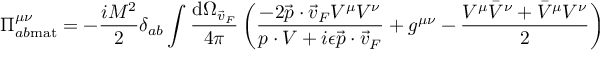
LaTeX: \Pi _ { a b \mathrm { m a t } } ^ { \mu \nu } = - { \frac { i M ^ { 2 } } { 2 } } \delta _ { a b } \int { \frac { \mathrm { d } \Omega _ { \vec { v } _ { F } } } { 4 \pi } } \left( { \frac { - 2 \vec { p } \cdot \vec { v } _ { F } V ^ { \mu } V ^ { \nu } } { p \cdot V + i \epsilon \vec { p } \cdot \vec { v } _ { F } } } + g ^ { \mu \nu } - { \frac { V ^ { \mu } { \bar { V } } ^ { \nu } + { \bar { V } } ^ { \mu } V ^ { \nu } } { 2 } } \right)